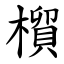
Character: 橮